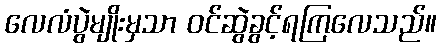
လေလံပွဲမျိုးမှသာ ဝင်ဆွဲခွင့်ရကြလေသည်။